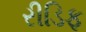
રીડિફ